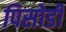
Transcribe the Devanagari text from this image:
पिसोर्डी